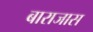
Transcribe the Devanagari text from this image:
बाराजास